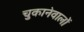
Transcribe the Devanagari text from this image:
चुकानेवालों